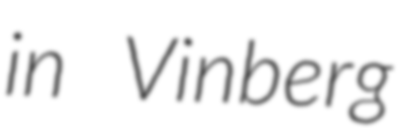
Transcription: in Vinberg